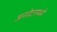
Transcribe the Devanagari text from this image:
जनरेटरमध्ये